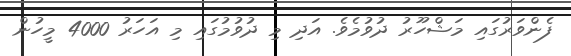
ފެންވަރުގައި މަޝްހޫރު ދުވުމެވެ. އަދި މި ދުވުމުގައި މި އަހަރު 4000 މީހުން